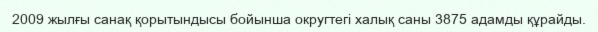
2009 жылғы санақ қорытындысы бойынша округтегі халық саны 3875 адамды құрайды.